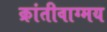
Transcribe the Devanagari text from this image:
क्रांतीवाग्मय